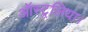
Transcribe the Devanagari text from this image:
ऑस्ट्रलिया।